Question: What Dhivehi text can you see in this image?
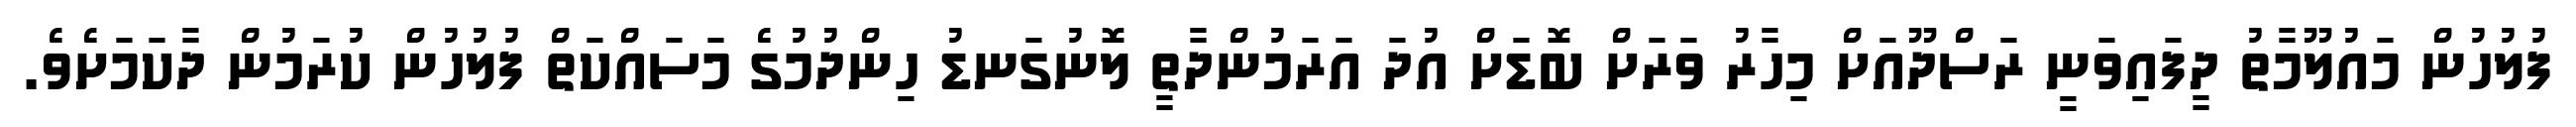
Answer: ފުލުހުން މައުލޫމާތު ދީފައިވަނީ ރަސްދޫއަށް މިހާރު ވަރަށް ބޮޑަށް އުދަ އަރަމުންދާތީ ލޮނުގަނޑު ހިންދުމުގެ މަސައްކަތް ފުލުހުން ކުރަމުން ދާކަމަށެވެ.